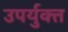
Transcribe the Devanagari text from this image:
उपर्युक्त्त